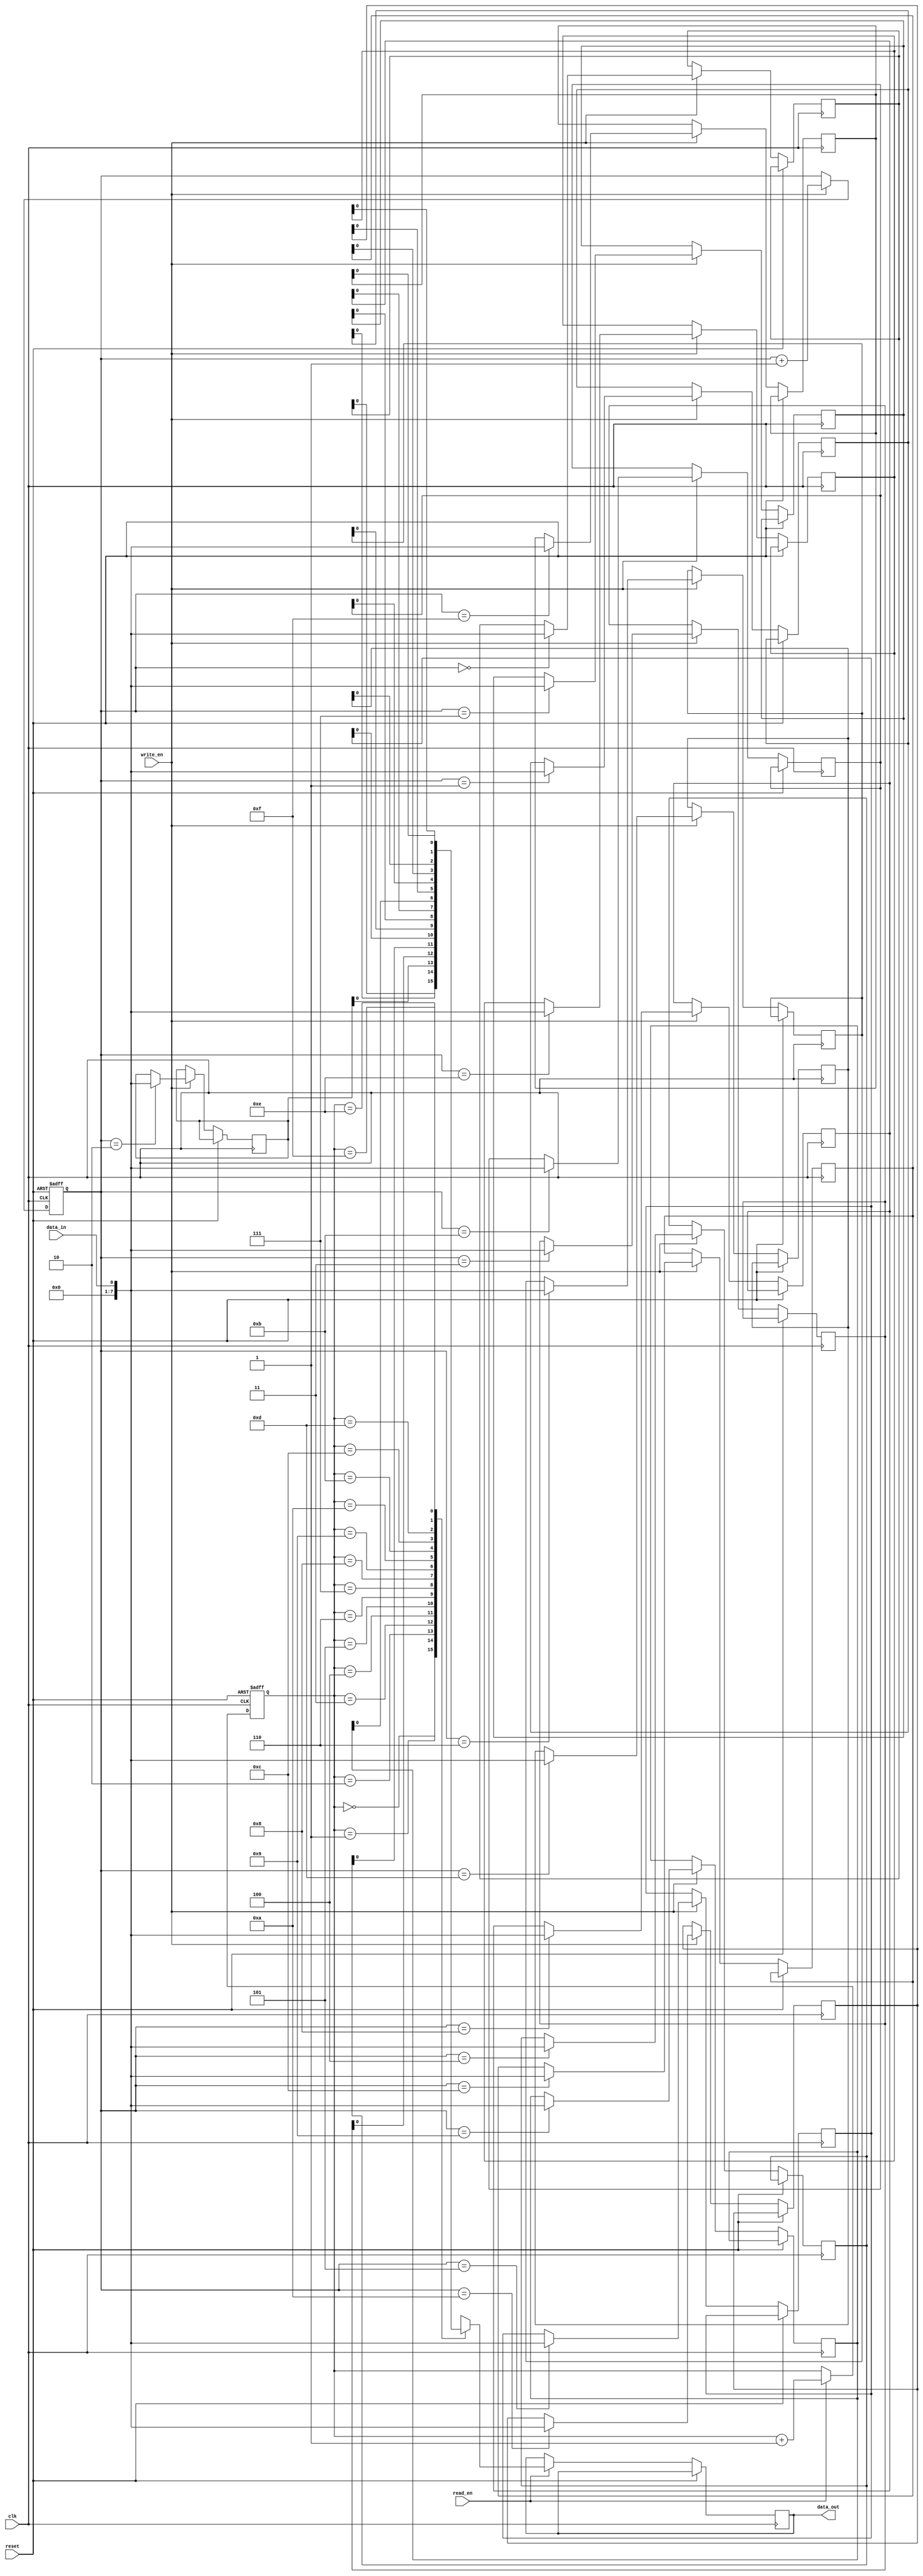
module fifo_buffer(
    input wire clk,
    input wire reset,
    input wire write_en,
    input wire read_en,
    input wire data_in,
    output reg data_out
);

reg [7:0] fifo_memory [0:15];
reg [3:0] write_ptr;
reg [3:0] read_ptr;

always @(posedge clk or posedge reset) begin
    if (reset) begin
        write_ptr <= 4'b0000;
        read_ptr <= 4'b0000;
    end else begin
        if (write_en) begin
            fifo_memory[write_ptr] <= data_in;
            write_ptr <= write_ptr + 1;
        end
        
        if (read_en) begin
            data_out <= fifo_memory[read_ptr];
            read_ptr <= read_ptr + 1;
        end
    end
end

endmodule